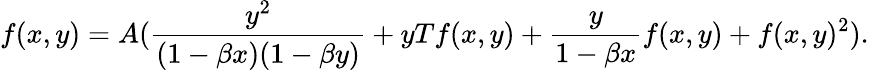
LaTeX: f(x,y)=A(\frac{y^{2}}{(1-\beta x)(1-\beta y)}+yTf(x,y)+\frac{y}{1-\beta x}f(x,y)+f(x,y)^{2}).